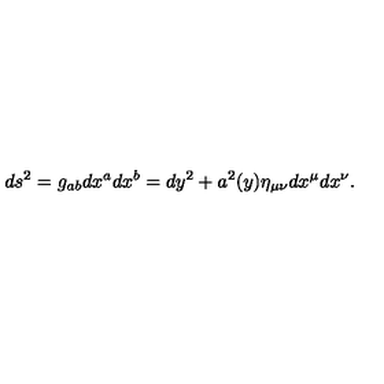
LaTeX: d s ^ { 2 } = g _ { a b } d x ^ { a } d x ^ { b } = d y ^ { 2 } + a ^ { 2 } ( y ) \eta _ { \mu \nu } d x ^ { \mu } d x ^ { \nu } .